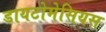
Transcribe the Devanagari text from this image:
डायटोमेसियस